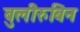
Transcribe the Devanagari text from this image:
बुलीरुबिन